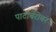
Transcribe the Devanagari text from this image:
पाटीर्बरोबर